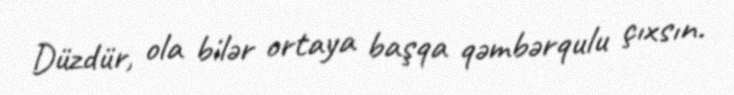
Düzdür, ola bilər ortaya başqa qəmbərqulu çıxsın.